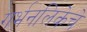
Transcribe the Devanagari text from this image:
गर्भनलिकेचे